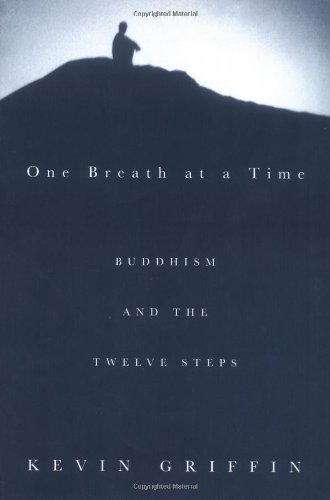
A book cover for One Breath at a Time: Buddhism and the Twelve Steps; Kevin Griffin; Self-Help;